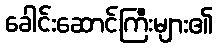
ခေါင်းဆောင်ကြီးများ၏